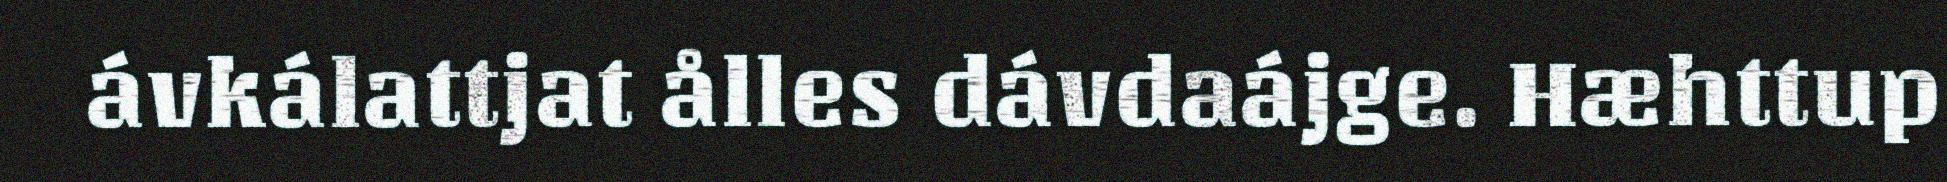
ávkálattjat ålles dávdaájge. Hæhttup